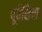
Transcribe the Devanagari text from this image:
पूर्वेशिया